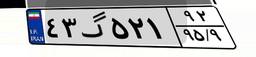
۴۳گ۵۲۱۹۲